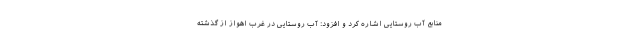
منابع آب روستایی اشاره کرد و افزود: آب روستایی در غرب اهواز از گذشته